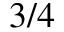
3 / 4